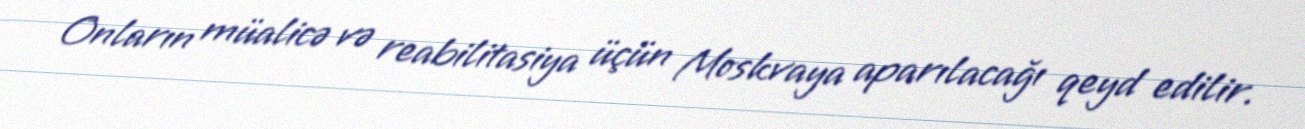
Onların müalicə və reabilitasiya üçün Moskvaya aparılacağı qeyd edilir.